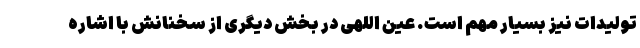
تولیدات نیز بسیار مهم است. عین اللهی در بخش دیگری از سخنانش با اشاره